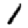
Digit: 1